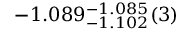
- 1 . 0 8 9 _ { - 1 . 1 0 2 } ^ { - 1 . 0 8 5 } ( 3 )